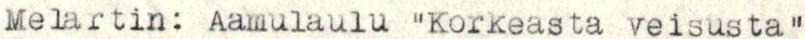
Melartin: Aamulaulu "Korkeasta veisusta"